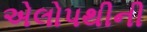
એલોપથીની